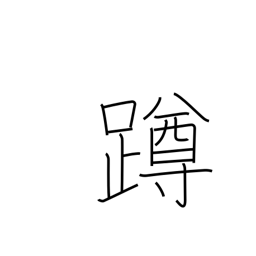
Meaning: squat